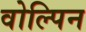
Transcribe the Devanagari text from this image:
वोल्पिन